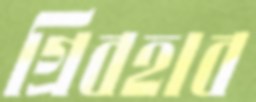
গ্রিবহাব